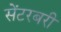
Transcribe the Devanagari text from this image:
सेंटरबरी